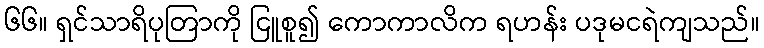
၆၆။ ရှင်သာရိပုတြာကို ငြူစူ၍ ကောကာလိက ရဟန်း ပဒုမငရဲကျသည်။